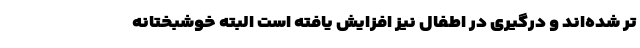
تر شده‌اند و درگیری در اطفال نیز افزایش یافته است البته خوشبختانه